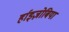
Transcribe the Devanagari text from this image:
र्हाइज़ोबिया